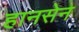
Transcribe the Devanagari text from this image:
हानसेन